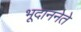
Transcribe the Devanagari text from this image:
भूदाननेते